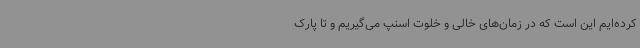
کرده‌ایم این است که در زمان‌های خالی و خلوت اسنپ می‌گیریم و تا پارک